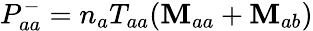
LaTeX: P_{aa}^{-}=n_{a}T_{aa}(\mathbf{M}_{aa}+\mathbf{M}_{ab})